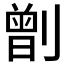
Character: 𠟂